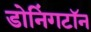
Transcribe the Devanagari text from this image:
डोनिंगटॉन